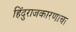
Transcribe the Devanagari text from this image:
हिंदुराजकारणाचा